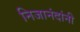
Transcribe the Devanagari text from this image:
निजानंदांनी